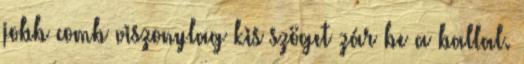
jobb comb viszonylag kis szöget zár be a ballal.